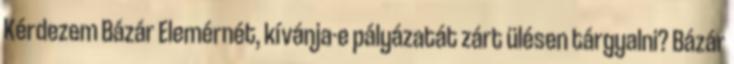
Kérdezem Bázár Elemérnét, kívánja-e pályázatát zárt ülésen tárgyalni? Bázár